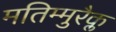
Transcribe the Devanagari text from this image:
मतिम्मुरैक्ल